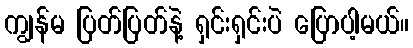
ကျွန်မ ပြတ်ပြတ်နဲ့ ရှင်းရှင်းပဲ ပြောပါ့မယ်။